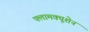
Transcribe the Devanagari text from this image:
फ्लामक्यूशेन